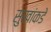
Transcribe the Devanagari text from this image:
सुखांकडे